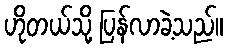
ဟိုတယ်သို့ ပြန်လာခဲ့သည်။